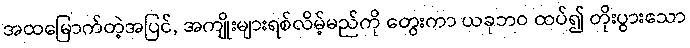
အထမြောက်တဲ့အပြင်, အကျိုးများရစ်လိမ့်မည်ကို တွေးကာ ယခုဘဝ ထပ်၍ တိုးပွားသော